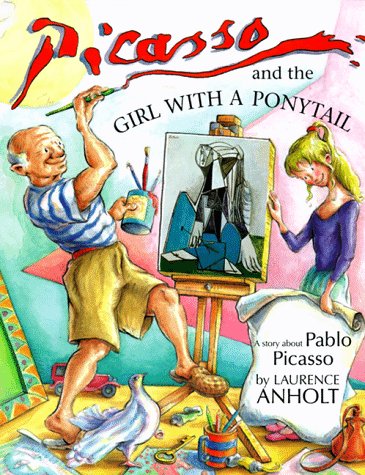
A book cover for Picasso and the Girl with a Ponytail; Laurence Anholt; Children's Books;